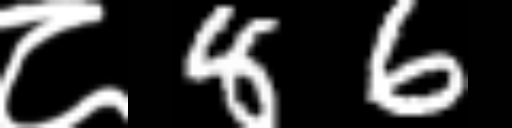
Text: ८86